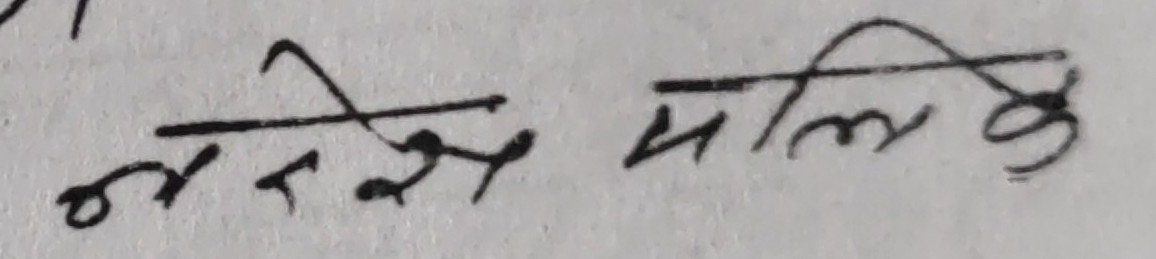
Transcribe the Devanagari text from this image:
नरम मालि के